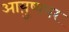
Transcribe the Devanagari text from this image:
आयु़्ष्यभर